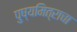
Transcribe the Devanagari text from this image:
पुष्यमित्राचा